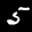
Label: 5